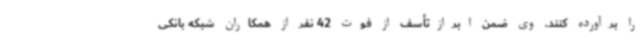
را برآورده کنند. وی ضمن ابرازتأسف از فوت 42 نفر از همکاران شبکه بانکی